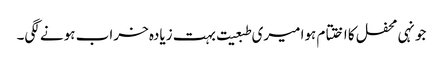
جونہی محفل کا اختتام ہوا میری طبعیت بہت زیادہ خراب ہونے لگی۔